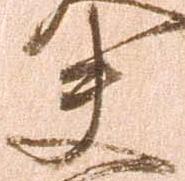
夫